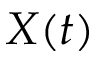
X ( t )